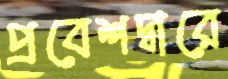
প্রবেশদ্বারে